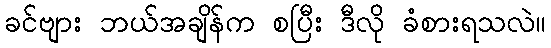
ခင်ဗျား ဘယ်အချိန်က စပြီး ဒီလို ခံစားရသလဲ။